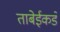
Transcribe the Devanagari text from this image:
ताबेईकडे